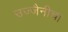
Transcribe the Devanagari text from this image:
उज्जैनीचा